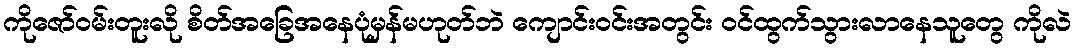
ကိုဇော်ဝမ်းတူးလို စိတ်အခြေအနေပုံမှန်မဟုတ်ဘဲ ကျောင်းဝင်းအတွင်း ဝင်ထွက်သွားလာနေသူတွေ ကိုလဲ